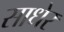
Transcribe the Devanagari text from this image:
साधेर